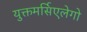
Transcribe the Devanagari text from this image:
युक्तमर्सिएलेगो